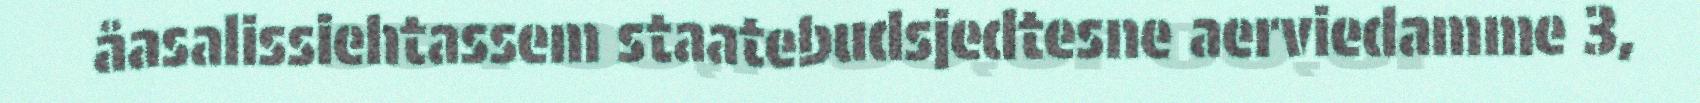
åasalissiehtassem staatebudsjedtesne aerviedamme 3,